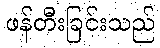
ဖန်တီးခြင်းသည်